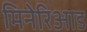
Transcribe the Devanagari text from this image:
मिनेरिआड